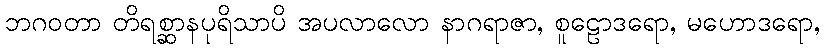
ဘဂဝတာ တိရစ္ဆာနပုရိသာပိ အပလာလော နာဂရာဇာ, စူဠောဒရော, မဟောဒရော,